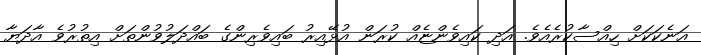
އަނެކަކަށް ހިއްސާކުރެއެވެ. އަދި ކައިވެންޏެއް ކުރަން އުޅޭއިރު ބައިވެރިންގެ ބައްދަލުވުންތަށް އިތުރުވެ އާދަޔާ